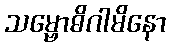
သမ္ဗောဓိဂါမိနော